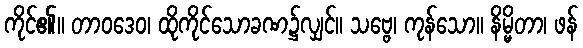
ကိုင်၏။ တာဝဒေဝ၊ ထိုကိုင်သောခဏ၌လျှင်။ သဗ္ဗေ၊ ကုန်သော။ နိမ္မိတာ၊ ဖန်